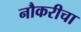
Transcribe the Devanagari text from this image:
नौकरीचा